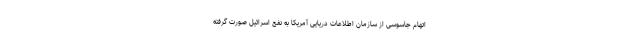
اتهام جاسوسی از سازمان اطلاعات دریایی آمریکا به نفع اسرائیل صورت گرفته